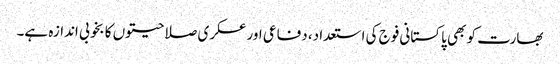
بھارت کو بھی پاکستانی فوج کی استعداد، دفاعی اور عسکری صلاحیتوں کا بخوبی اندازہ ہے۔